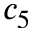
c _ { 5 }